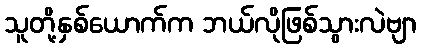
သူတို့နှစ်ယောက်က ဘယ်လိုဖြစ်သွားလဲဗျာ